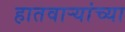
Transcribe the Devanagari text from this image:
हातवाऱ्यांच्या